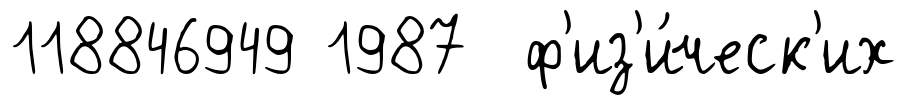
118846949 1987 ф'из'и́ческ'их